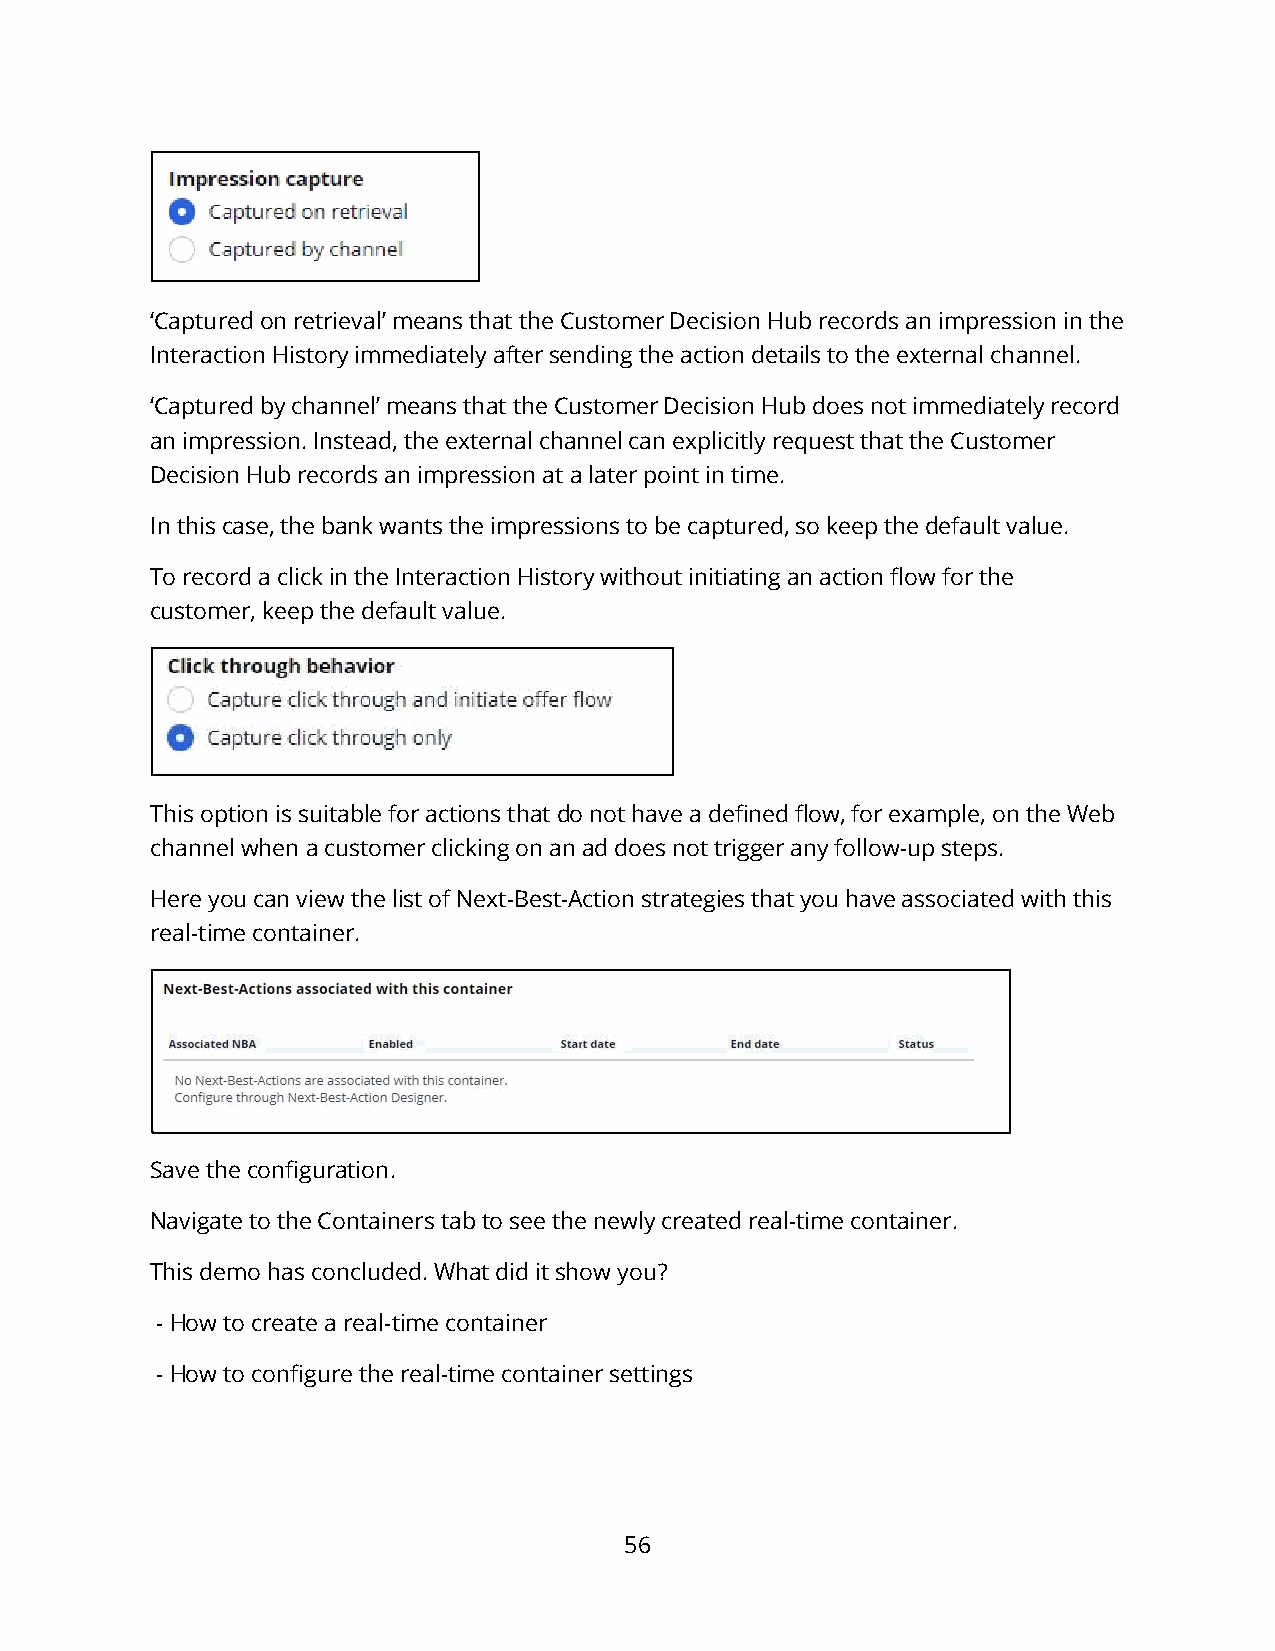
‘Captured on retrieval’ means that the Customer Decision Hub records an impression in the
 Interaction History immediately after sending the action details to the external channel.
 ‘Captured by channel’ means that the Customer Decision Hub does not immediately record
 an impression. Instead, the external channel can explicitly request that the Customer
 Decision Hub records an impression at a later point in time.
 In this case, the bank wants the impressions to be captured, so keep the default value.
 To record a click in the Interaction History without initiating an action flow for the
 customer, keep the default value.
 This option is suitable for actions that do not have a defined flow, for example, on the Web
 channel when a customer clicking on an ad does not trigger any follow-up steps.
 Here you can view the list of Next-Best-Action strategies that you have associated with this
 real-time container.
 Save the configuration.
 Navigate to the Containers tab to see the newly created real-time container.
 This demo has concluded. What did it show you?
 - How to create a real-time container
 - How to configure the real-time container settings
 56